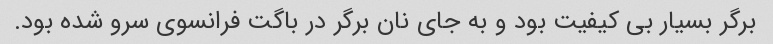
برگر بسیار بی کیفیت بود و به جای نان برگر در باگت فرانسوی سرو شده بود.